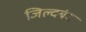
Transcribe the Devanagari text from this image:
जिल्दबंद